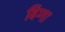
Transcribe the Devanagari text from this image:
बिग्गा